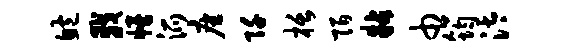
鲍戟幔派座阡栝陌粘巾筠汰